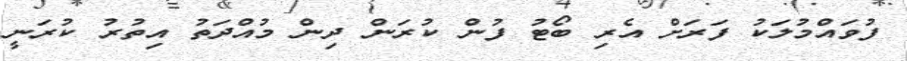
ފުވައްމުލަކު ފަރަށް އެރި ބޯޓު ފުން ކުރަން ދިން މުއްދަތު އިތުރު ކުރަނީ